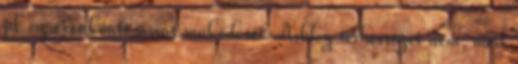
pl. az évenkénti vásár működését. Ashley terhességét nem, mert